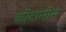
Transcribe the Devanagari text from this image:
कीटामीन